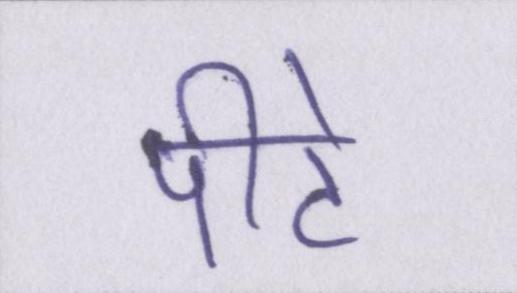
पीटे